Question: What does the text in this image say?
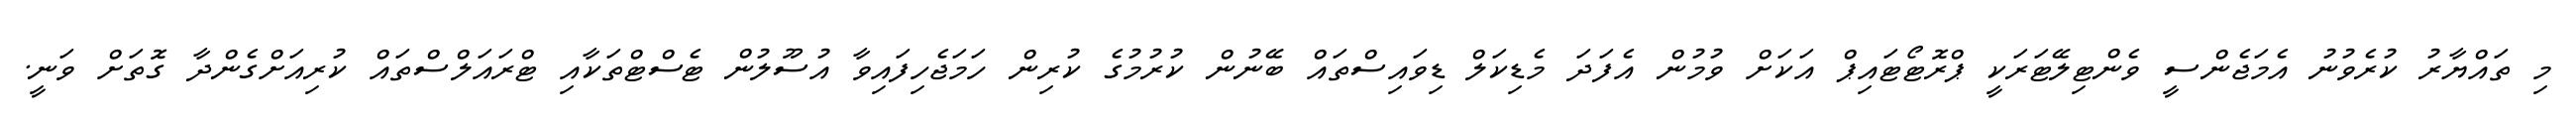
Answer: މި ތައްޔާރު ކުރެވުނު އެމަޖެންސީ ވެންޓިލޭޓަރަކީ ޕްރޮޓޯޓައިޕް އަކަށް ވުމުން އެފަދަ މެޑިކަލް ޑިވައިސްތައް ބޭނުން ކުރުމުގެ ކުރިން ހަމަޖެހިފައިވާ އުސޫލުން ޓެސްޓްތަކާއި ޓްރައަލްސްތައް ކުރިއަށްގެންދާ ގޮތަށް ވަނީ.